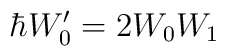
\hbar W_0^{\prime }=2W_0W_1